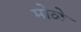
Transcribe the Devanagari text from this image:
मोळे